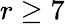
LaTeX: r\geq 7